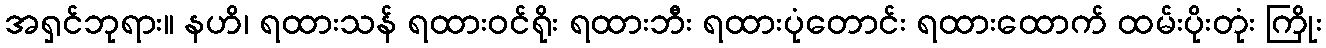
အရှင်ဘုရား။ နဟိ၊ ရထားသန် ရထားဝင်ရိုး ရထားဘီး ရထားပုံတောင်း ရထားထောက် ထမ်းပိုးတုံး ကြိုး